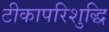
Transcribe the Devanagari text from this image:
टीकापरिशुद्धि